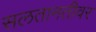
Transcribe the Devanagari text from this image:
सलतानतीवर